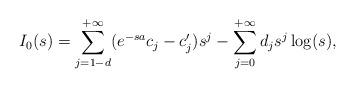
LaTeX: \begin{align*}I_0(s)=\sum_{j=1-d}^{{+\infty}} (e^{-sa}c_j-c_j')s^j-\sum_{j=0}^{+\infty} d_j s^j\log(s),\end{align*}